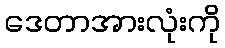
ဒေတာအားလုံးကို